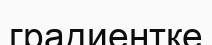
градиентке